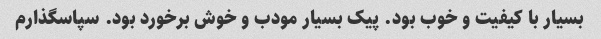
بسیار با کیفیت و خوب بود. پیک بسیار مودب و خوش برخورد بود. سپاسگذارم